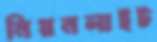
নিয়নলাইট